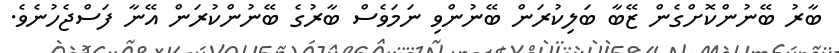
ބާރު ބޭނުންކޮށްގެން ޒޭބާ ބަލިކުރަން ބޭނުންވި ނަމަވެސް ބާރުގެ ބޭނުންކުރަން އޭނާ ފަސްޖެހުނެވެ.